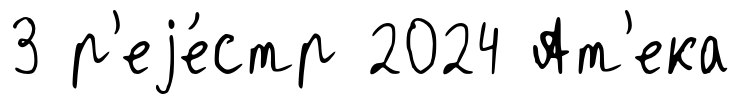
3 р'еjе́стр 2024 Ат'ека